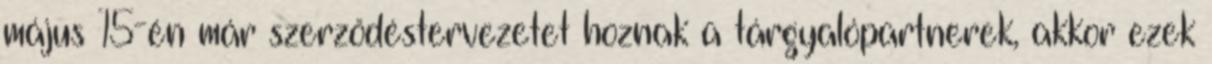
május 15-én már szerződéstervezetet hoznak a tárgyalópartnerek, akkor ezek